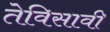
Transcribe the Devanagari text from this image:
तेविसावी